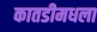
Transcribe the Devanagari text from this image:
कातडीमधला